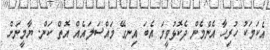
އެކަމަކު ހުުރިހާ އެންމެން ދެކޮޅުވީމަ އެބަ އިނގޭ މައްސަލައެއް އޮތް ކަން. ޔާމީނަށް